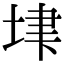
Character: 𡋶